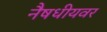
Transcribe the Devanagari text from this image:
नैषधीयवर